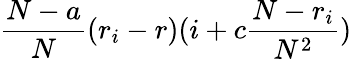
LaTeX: \frac{N-a}{N}(r_{i}-r)(i+c\frac{N-r_{i}}{N^{2}})